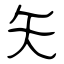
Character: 矢